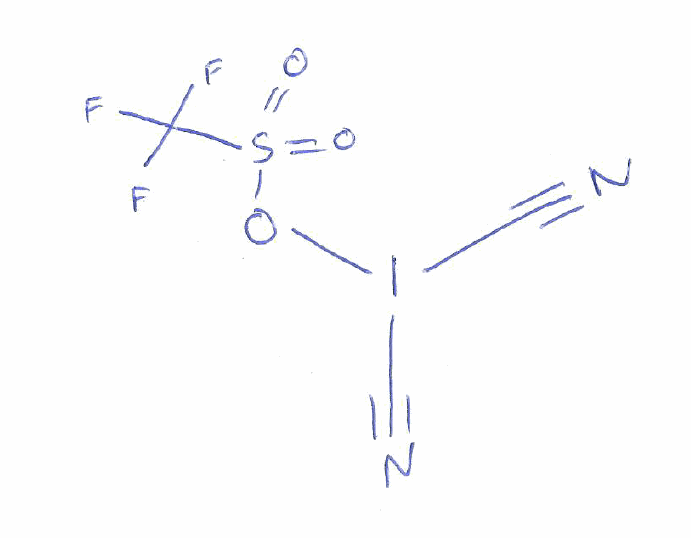
Simplified molecular-input line-entry system (SMILES) notation of the given molecule:
C(#N)I(C#N)OS(=O)(=O)C(F)(F)F